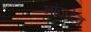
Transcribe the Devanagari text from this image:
भांजदेव